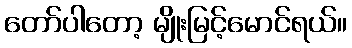
တော်ပါတော့ မျိုးမြင့်မောင်ရယ်။